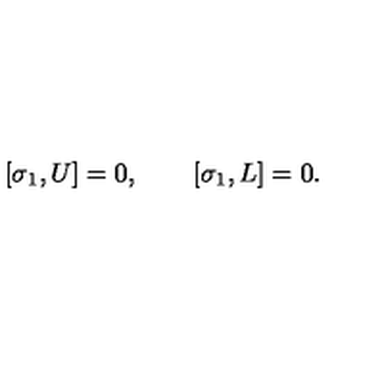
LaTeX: \left[ \sigma _ { 1 } , U \right] = 0 , \qquad \left[ \sigma _ { 1 } , L \right] = 0 .